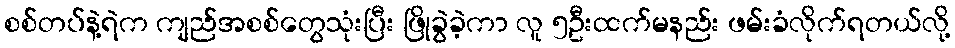
စစ်တပ်နဲ့ရဲက ကျည်အစစ်တွေသုံးပြီး ဖြိုခွဲခဲ့ကာ လူ ၅ဦးထက်မနည်း ဖမ်းခံလိုက်ရတယ်လို့